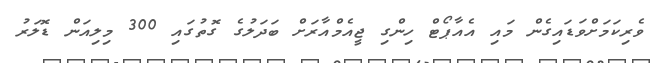
ވެރިކަމަށްވަޑައިގެން މައި އެއާޕޯޓް ހިންގި ޖީއެމްއާރަށް ބަދަލުގެ ގޮތުގައި 300 މިލިއަން ޑޮލަރު